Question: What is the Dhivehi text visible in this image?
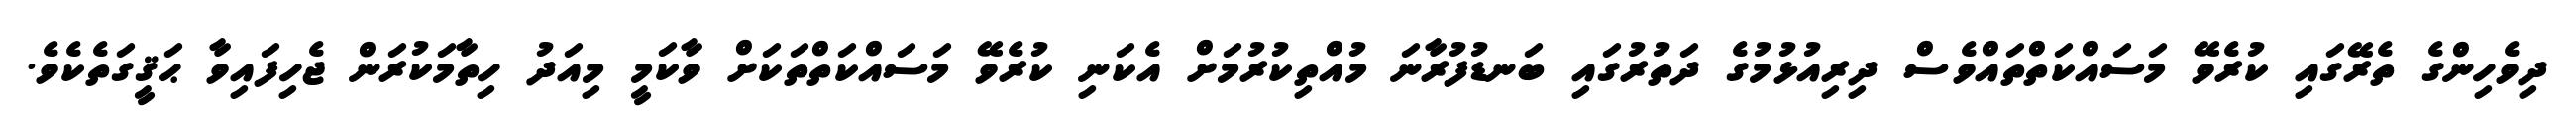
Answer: ދިވެހިންގެ ތެރޭގައި ކުރެވޭ މަސައްކަތްތައްވެސް ދިރިއުޅުމުގެ ދަތުރުގައި ބަނޑުފުރާނަ މުއްތިކުރުމަށް އެކަނި ކުރެވޭ މަސައްކަތްތަކަށް ވާކަމީ މިއަދު ހިތާމަކުރަން ޖެހިފައިވާ ޙަޤީގަތެކެވެ.